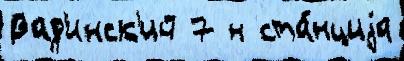
Вад'инск'ий 7 н ста́нциjа